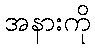
အနားကို